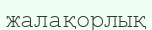
жалақорлық